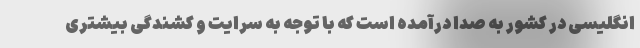
انگلیسی در کشور به صدا درآمده است که با توجه به سرایت و کشندگی بیشتری